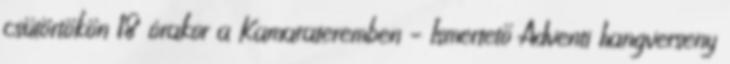
csütörtökön 18 órakor a Kamarateremben – Ismertető Adventi hangverseny